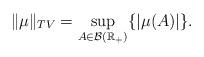
LaTeX: \begin{align*}\|\mu\|_{TV}=\sup_{A \in \mathcal{B}(\mathbb{R}_+)} \{|\mu(A)| \}.\end{align*}